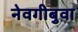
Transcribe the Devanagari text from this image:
नेवगीबुवा